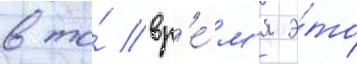
в то́ вр'е́м'я э́то